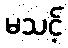
မသင့်